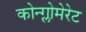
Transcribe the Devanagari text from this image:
कोन्ग्लोमेरेट